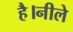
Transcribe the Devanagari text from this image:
है।नीले